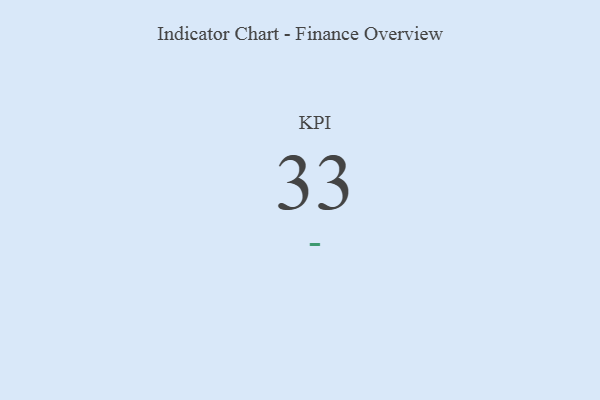
{"axis": {"x": "KPI", "y": "Value"}, "legend": [""], "data": [{"x": "KPI", "y": 33, "type": ""}]}